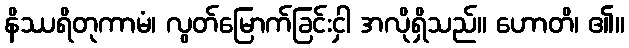
နိဿရိတုကာမံ၊ လွတ်မြောက်ခြင်းငှါ အလိုရှိသည်။ ဟောတိ၊ ၏။